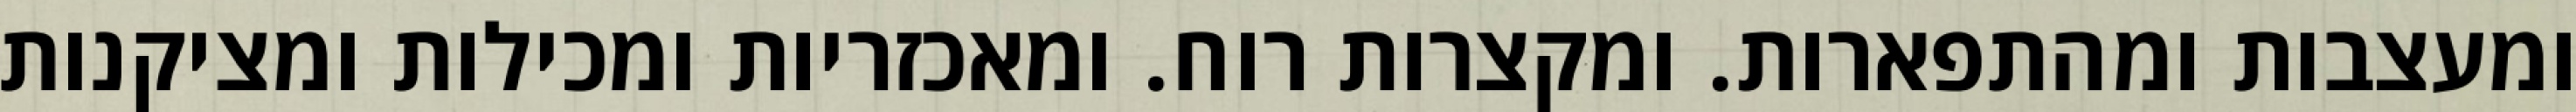
ומעצבות ומהתפארות. ומקצרות רוח. ומאכזריות ומכילות ומציקנות